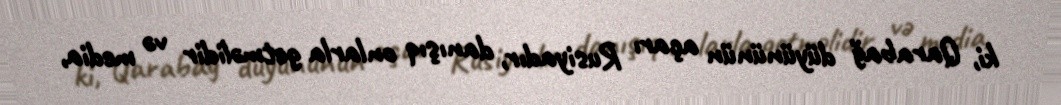
ki, Qarabağ düyününün açarı Rusiyadır, danışıq onlarla getməlidir və media,